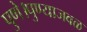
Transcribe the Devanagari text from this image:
पुणे।पुण्याजवळ